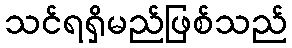
သင်ရရှိမည်ဖြစ်သည်